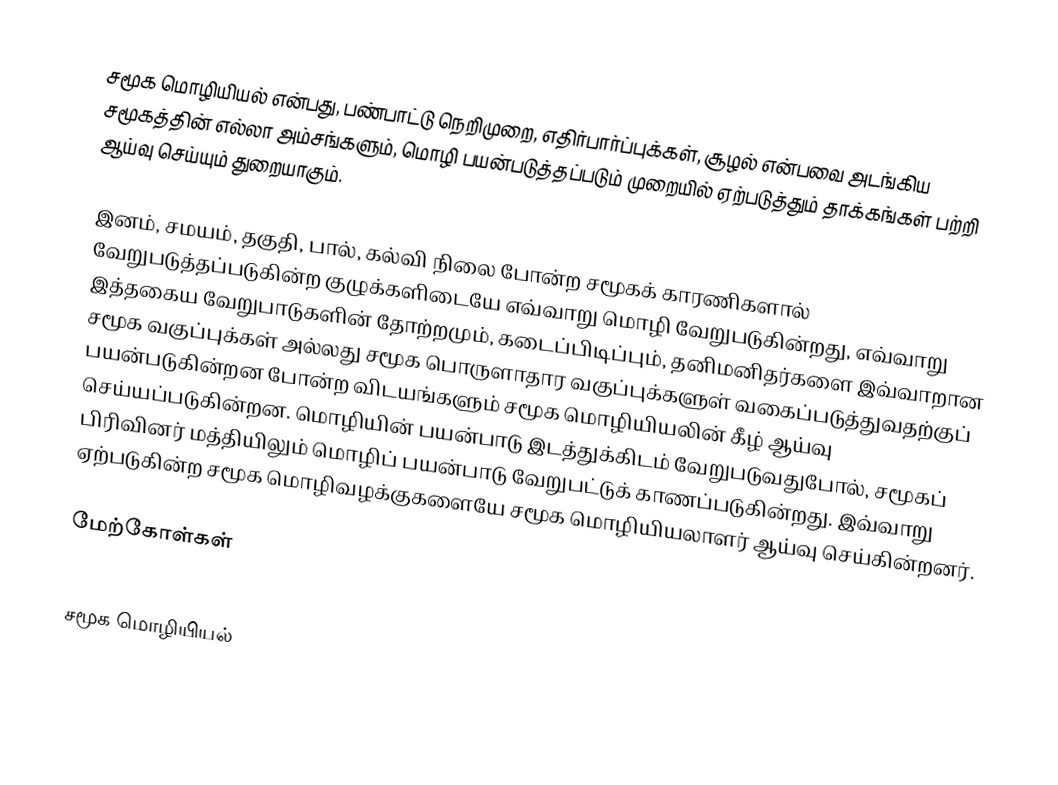
சமூக மொழியியல் என்பது, பண்பாட்டு நெறிமுறை, எதிர்பார்ப்புக்கள், சூழல் என்பவை அடங்கிய சமூகத்தின் எல்லா அம்சங்களும், மொழி பயன்படுத்தப்படும் முறையில் ஏற்படுத்தும் தாக்கங்கள் பற்றி ஆய்வு செய்யும் துறையாகும்.

இனம், சமயம், தகுதி, பால், கல்வி நிலை போன்ற சமூகக் காரணிகளால் வேறுபடுத்தப்படுகின்ற குழுக்களிடையே எவ்வாறு மொழி வேறுபடுகின்றது, எவ்வாறு இத்தகைய வேறுபாடுகளின் தோற்றமும், கடைப்பிடிப்பும், தனிமனிதர்களை இவ்வாறான சமூக வகுப்புக்கள் அல்லது சமூக பொருளாதார வகுப்புக்களுள் வகைப்படுத்துவதற்குப் பயன்படுகின்றன போன்ற விடயங்களும் சமூக மொழியியலின் கீழ் ஆய்வு செய்யப்படுகின்றன. மொழியின் பயன்பாடு இடத்துக்கிடம் வேறுபடுவதுபோல், சமூகப் பிரிவினர் மத்தியிலும் மொழிப் பயன்பாடு வேறுபட்டுக் காணப்படுகின்றது. இவ்வாறு ஏற்படுகின்ற சமூக மொழிவழக்குகளையே சமூக மொழியியலாளர் ஆய்வு செய்கின்றனர்.

மேற்கோள்கள்

சமூக மொழியியல்